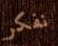
نفكر